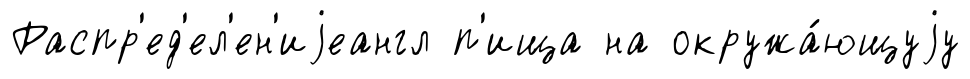
Распр'ед'ел'ен'иjеангл п'ища на окружа́ющуjу